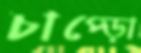
চাপ্‌ড়ো